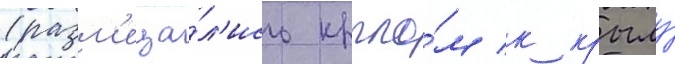
(разм'еща́л'ись крыло́м к крылу́